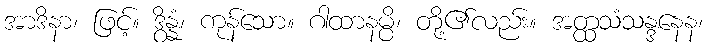
အာဒိနာ၊ ဖြင့်။ ဒွိန္နံ၊ ကုန်သော။ ဂါထာနမ္ပိ၊ တို့၏လည်း။ အတ္ထသံသန္ဒနေန၊